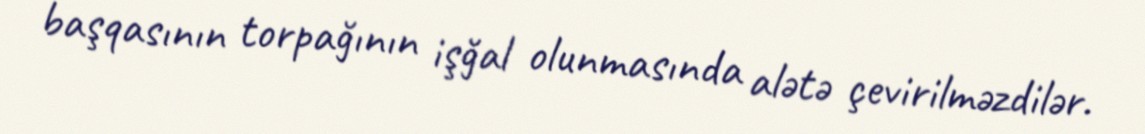
başqasının torpağının işğal olunmasında alətə çevirilməzdilər.